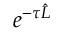
e ^ { - \tau \hat { L } }